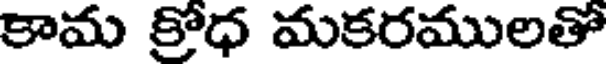
కామ క్రోధ మకరములతో